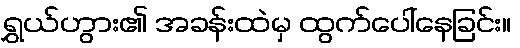
ရွှယ်ဟွား၏ အခန်းထဲမှ ထွက်ပေါ်နေခြင်း။